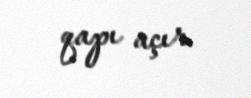
qapı açır.